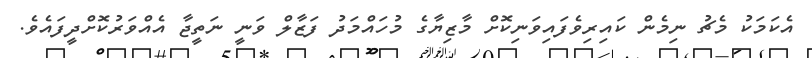
އެކަމަކު މެޗު ނިމެން ކައިރިވެފައިވަނިކޮށް މާޒިޔާގެ މުހައްމަދު ފަޒާލް ވަނީ ނަތީޖާ އެއްވަރުކޮށްދީފައެވެ.